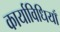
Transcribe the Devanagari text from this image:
कार्याविधियाँ